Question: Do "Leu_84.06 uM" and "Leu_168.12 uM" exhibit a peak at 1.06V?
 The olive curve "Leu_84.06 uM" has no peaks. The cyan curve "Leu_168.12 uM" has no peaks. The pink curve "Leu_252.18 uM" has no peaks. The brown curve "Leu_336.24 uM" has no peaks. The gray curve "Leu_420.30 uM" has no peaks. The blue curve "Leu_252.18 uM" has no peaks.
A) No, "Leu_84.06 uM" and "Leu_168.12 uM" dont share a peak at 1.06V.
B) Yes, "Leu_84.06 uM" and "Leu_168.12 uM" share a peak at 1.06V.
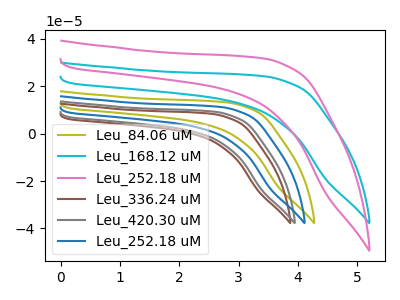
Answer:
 <answer>A) No, "Leu_84.06 uM" and "Leu_168.12 uM" dont share a peak at 1.06V.</answer>
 <eval>A</eval>